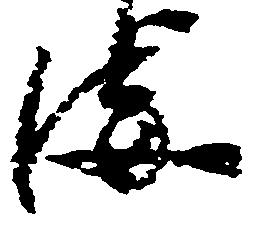
海